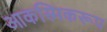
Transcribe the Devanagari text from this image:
आकस्मिकरूप